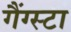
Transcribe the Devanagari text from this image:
गैंग्स्टा